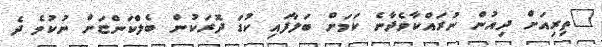
"ތިރިއަށް ދިއުން ނުރައްކާވެދާނެ ކަމަށް ބަލާފައި ކުޑަ ދޮރަކުން ބެލްކަންޏަށް ނުކުމެ ދެ